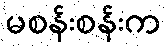
မစန်းစန်းက